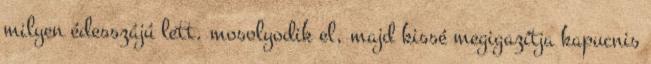
milyen édesszájú lett. mosolyodik el, majd kissé megigazítja kapucnis